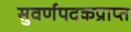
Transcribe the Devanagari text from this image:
सुवर्णपदकप्राप्त